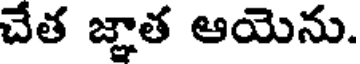
చేత జ్ఞాత ఆయెను.